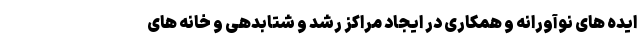
ایده های نوآورانه و همکاری در ایجاد مراکز رشد و شتابدهی و خانه های